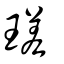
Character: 瑳